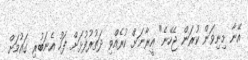
އޭނާ މިނިވަން ކުރަން ޖެހޭނެ" އީރާނަށް ކުރެއްވި ދަތުރުފުޅަށް ފަހު އެނަބުރި ގައުމަށް